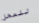
للمحل